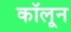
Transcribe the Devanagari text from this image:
कॉलून